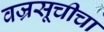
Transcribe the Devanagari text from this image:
वज्रसूचीचा